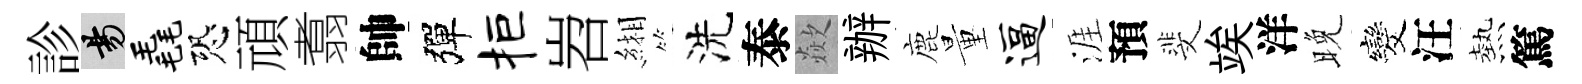
診昜毳恐頑翥帥彈拒岧緗洗泰歘辦鹿量逼涯預斐竢洋晚发汪熱篤